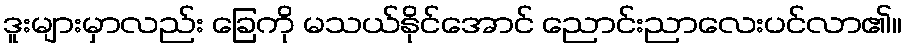
ဒူးများမှာလည်း ခြေကို မသယ်နိုင်အောင် ညောင်းညာလေးပင်လာ၏။